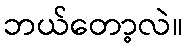
ဘယ်တော့လဲ။